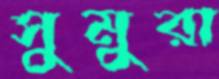
সুমুরা